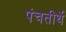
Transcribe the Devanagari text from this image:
पंचतीर्थे